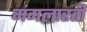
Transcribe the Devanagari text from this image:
मंगलारती